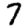
Digit: 7